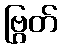
ဗြွတ်